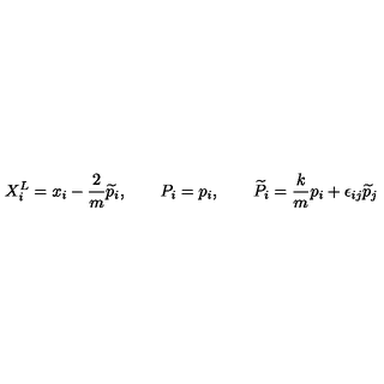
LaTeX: X _ { i } ^ { L } = x _ { i } - \frac { 2 } { m } \widetilde { p } _ { i } , \qquad P _ { i } = p _ { i } , \qquad \widetilde { P } _ { i } = \frac { k } { m } p _ { i } + \epsilon _ { i j } \widetilde { p } _ { j } \,